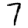
Digit: 7